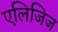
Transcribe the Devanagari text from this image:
एलिजिज